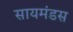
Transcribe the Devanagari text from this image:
सायमंडस